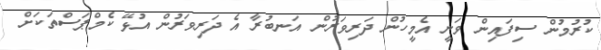
ކުރުމުން ސިފައިން ވަނީ އެމީހުން ދަރިވަރުން އަނބުރާ އެ ދަރިވަރުން އުޅޭ ކެމްޕަސްތަކަށް